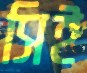
সিই